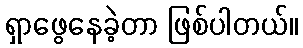
ရှာဖွေနေခဲ့တာ ဖြစ်ပါတယ်။